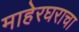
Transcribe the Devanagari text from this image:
माहेरघराचा